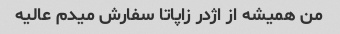
من همیشه از اژدر زاپاتا سفارش میدم عالیه